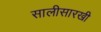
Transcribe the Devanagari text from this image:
सालीसारखी